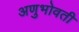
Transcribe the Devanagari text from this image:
अणुभोवती